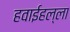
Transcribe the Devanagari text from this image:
हवाईहल्ला